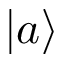
| a \rangle